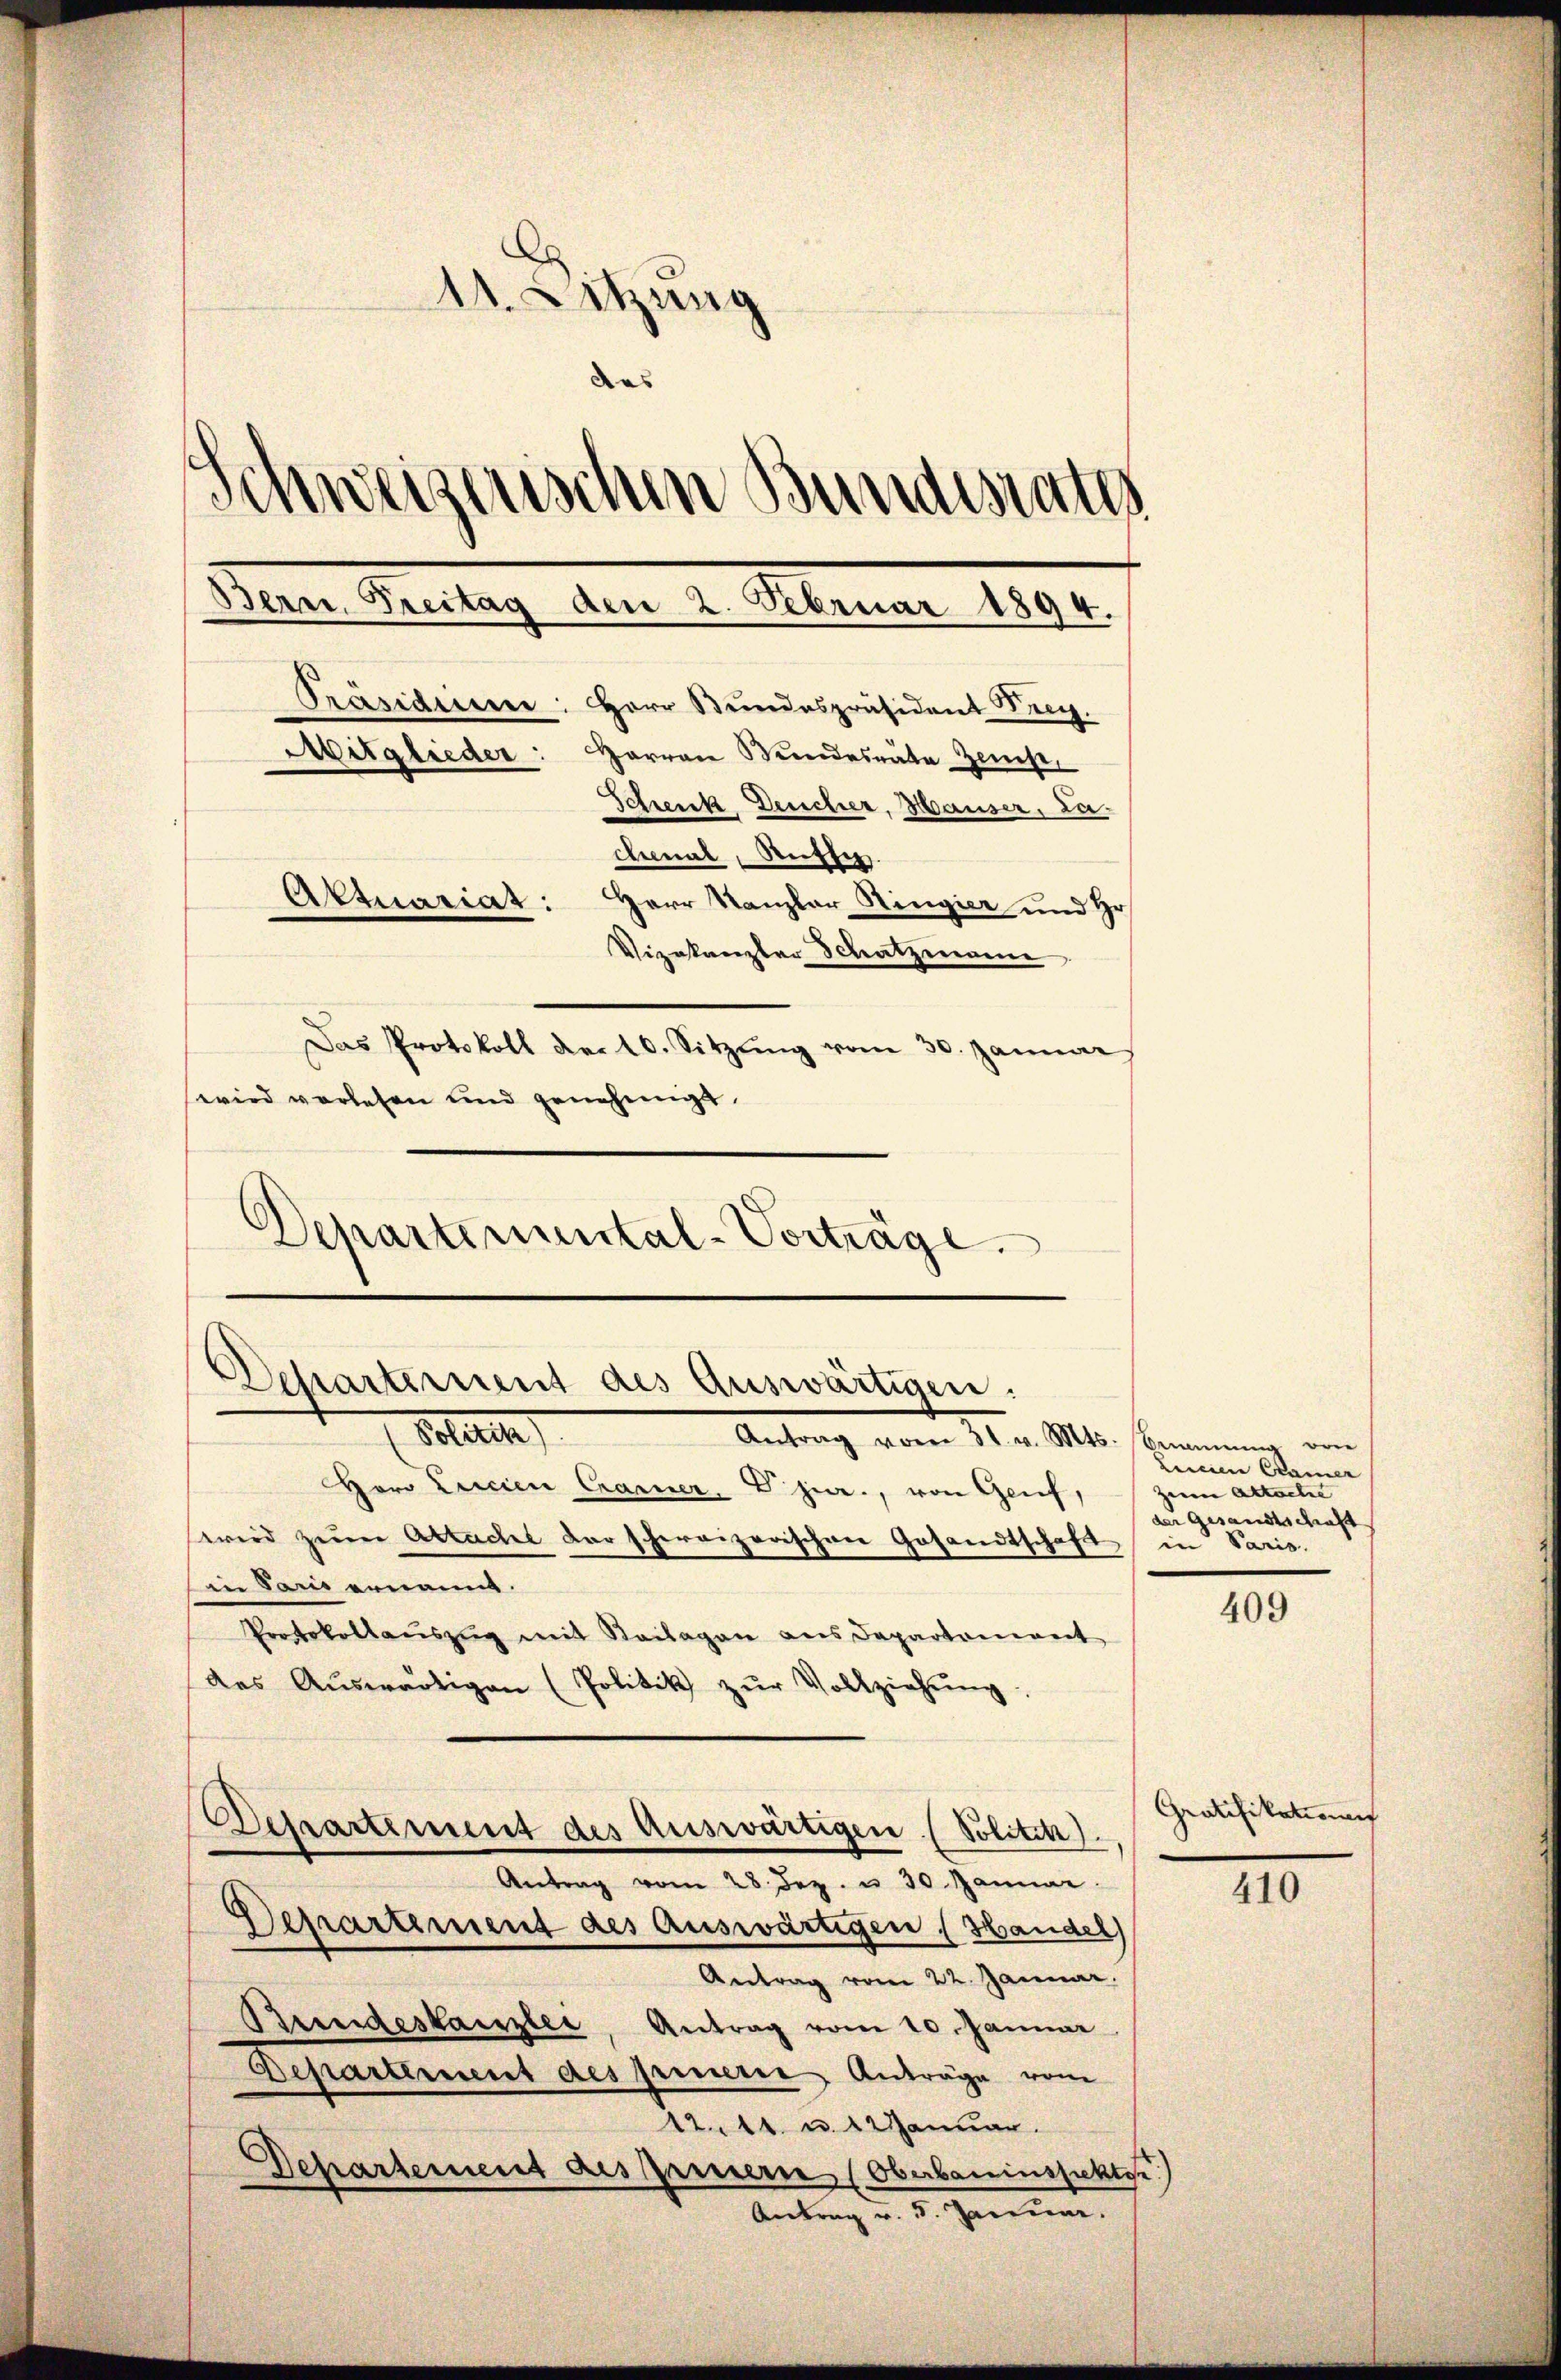
11. Letzung
das
Schweizerischen Bundesrates
Bern Reitag am 2. Miner 1890.
Präsidium: Herr Bundespräsident Frey.
Mitglieder: Herren Wundesräte Zeit
Schenk, Deucher, Hauser, Lachemal, Russer
Aktuariat: Herr Kanzlar Ringier und Hr.
Vizakanzlar Schatzingene
Das Protokoll der 10. Sitzŭng vom 30. Januar
wird vorlesen und genehmigt.
Departemental-Vorträge.

Departement des Auswärtigen.

Departement des Auswärtigen (Politik),

Sollten
Antrag vom 4ten. Mts. Brennung am
Horo Lucien Cramer, D. jur., von Genf, zum Altsche
wird zur Abtache darschereizerischen Gesandtschaft in Paris.
in Sand ernannt.
Protokollauszug mit Beilagen aus Departoniert
des Aŭswärtigen (Politik zŭr Vollziehŭng.
Antrag vom 28. Jez. u 30 Januar
Departement des auswärtigen (Handel
Antrag vom 22. Januar.
Bundeskanzler, Antrag vom 10. Januar
Departement des fernere Anträge vom
12.11. u. 22 Januar.
Departement dessernern (Oberbauinspektor
Antrag u. 3. Jennen.

Leichen Camer
der Gesandtschaft

409

Gratifikationen

410